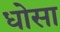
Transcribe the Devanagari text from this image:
धोसा